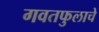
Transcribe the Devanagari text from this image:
गवतफुलाचे